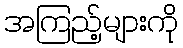
အကြည့်များကို